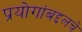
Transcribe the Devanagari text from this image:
प्रयोगांबद्दलचे